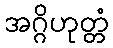
အဂ္ဂိဟုတ္တံ